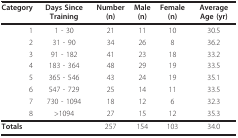
<table><thead><tr><td><b>Category</b></td><td><b>Days Since Training</b></td><td><b>Number (n)</b></td><td><b>Male (n)</b></td><td><b>Female (n)</b></td><td><b>Average Age (yr)</b></td></tr></thead><tbody><tr><td>1</td><td>1 - 30</td><td>21</td><td>11</td><td>10</td><td>30.5</td></tr><tr><td>2</td><td>31 - 90</td><td>34</td><td>26</td><td>8</td><td>36.2</td></tr><tr><td>3</td><td>91 - 182</td><td>41</td><td>23</td><td>18</td><td>33.2</td></tr><tr><td>4</td><td>183 - 364</td><td>48</td><td>29</td><td>19</td><td>33.5</td></tr><tr><td>5</td><td>365 - 546</td><td>43</td><td>24</td><td>19</td><td>35.1</td></tr><tr><td>6</td><td>547 - 729</td><td>25</td><td>14</td><td>11</td><td>33.5</td></tr><tr><td>7</td><td>730 - 1094</td><td>18</td><td>12</td><td>6</td><td>32.3</td></tr><tr><td>8</td><td>&gt;1094</td><td>27</td><td>15</td><td>12</td><td>35.3</td></tr><tr><td><b>Totals</b></td><td></td><td>257</td><td>154</td><td>103</td><td>34.0</td></tr></tbody></table>